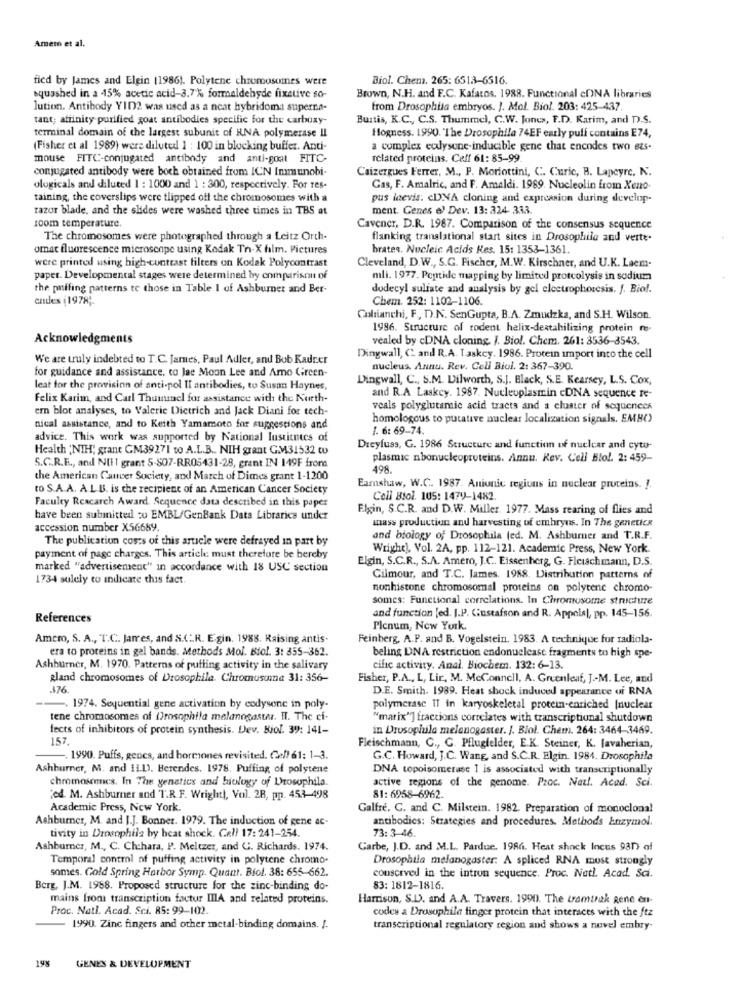
Amero et al.
fied by James and Elgin (1986). Polytene chromosomes were
Biol. Chem. 265: 6513-6516.
squashed in a -15% acetic acid-3.7% formaldehyde fixstive so-
Brown, N.H. and F.C. Kafatos. 1988. Functional cDNA libraries
lution. Antibody YID2 was used as a neat hybridoma superna-
from Drosophila embryos. J. Mol. Biol. 203: 425-437.
tant; affinity purified goat antibodies specific for the carboxy-
Buitis, K.C ., C.S. Thummel, C.W. Jones, F.D. Karim, and D.S.
terminal domain of the largest subunit of RNA polymerase Il
Hogness. 1990. The Drosophila 74EF early puli contains E74,
(Fisher et al 1989) were diluted 1 : 100 in blocking buffer. Anti-
a complex eulysune-inducible gene that encodes two ets-
mouse FITC-conjugated antibody and anti-goat FITC-
related proteins. Ceff 61: 85-99
conjugated antibody were boch obtained from ICN Immunobi-
Caizergues Ferrer, M ., F. Moriottini, C. Curic, B. Lapeyre, N.
ologicals and diluted 1 : 1000 and 1 : 300, respectively. For res-
Gas, F. Amalric, and F. Amaldi. 1989. Nucleolin from Xeno
taining, the coverslips were tlipped off the chromosomes with a
pus laevis. cDNA cloning and expression during develop-
razor blade, and the shides were washed three times in TBS at
ment. Genes e) Dev. 13: 324 333.
room temperature.
Cavener, D.R. 1987. Comparison of the consensus sequence
The chromosomes were photographed through a Leitz Orch-
flanking translational start sites in Drosophile and verte-
omat fluorescence microscope using Kodak Tn-X film. Pictures
brates. Nucleic Acids Kes. 15: 1353-1361.
Cleveland, D.W ., S.G. Fischer, M.W. Kirschner, and U.K. Laem-
were printed using high-contrast filters on Kodak Polycontrast
paper. Developmental stages were determined by comparison of
mli. 1977. Peptide mapping by limited proteolysis in sodium
the pinffing patterns to those in Table I of Ashburner and Ber-
dodecyl sulfate and analysis by gel electrophoresis. f. Biol.
endes (1978 ;.
Chem. 252: 1102-1106.
Culaianchi, F, D.N. SenGupta, B.A. Zmudzka, and S.H. Wilson.
1986. Structure of rodent helix-destahilizing protein re-
Acknowledgments
vealed by <DNA cloning. J. Biol. Chem. 261: 3536-3543.
We are truly indebted to T.C. James, Paul Adler, and Bub Kadrer
Dingwall, C. and R.A. T.askey. 1986. Protein import into the cell
for guidance and assistance, to Jae Moon Lee and Amo Green-
nucleus. Annu. Rev. Cell Biol. 2: 367-390.
Dingwall, C ., S.M. Dilworth, S.J. Black, S.E. Kearsey, L.S. Cox,
leat for the provision of anti-pol Il antibodies, to Susan Haynes,
Felix Karim, and Carl Thumunel for assistance with the North-
and R.A Laskcy. 1987. Nucleoplasmin cDNA sequence re-
ern blot analyses, to Valerie Dietrich and Jack Diani for tech-
veals polyglutamic acid tracts and a cluster of sequences
homologous to putative nuclear localization signals. EMBO
nical assistance, and to Keith Yamamoto for suggestions and
1. 6: 69-74
advice. This work was supported by National Institutes of
Health (NIH; grant GM39271 to A.L.B ., NIH grant GM31532 Co
Dreyfuss, G. 1986 Structure and function of nuclear and cyto-
S.C.R.E ., and NIET grant 5-807-RR05431-28, grant IN 149F from
plasmic nbonucleoproteins. Annu. Rev. Cell Biol. 2: 459-
498.
the American Cancer Society, and March of Dimes grant 1-1200
to S.A.A. A.L.B. is the recipient of an American Cancer Society
Eamshaw, W.C. 1987. Aniunic regions in nuclear proteins. J.
Cell Biol. 105: 1479-1482.
Faculty Reacarch Award. Sequence data described in this paper
Elgin, S.C.R. and D.W. Miller. 1977. Mass rearing of flies and
have been submitted zu EMBL/GenBank Data Librarica under
mass production and harvesting of embryns. In The geneticx
accession number X56689.
The publication costs of this article were defrayed in part by
and biology of Drosophila (ed. M. Ashburner and T.R.F.
Wright), Vol. 2A, pp. 112-121. Academic Press, New York.
payment of page charges. This article: must therefore be hereby
Elgin, S.C.R ., S.A. Amero, J.C .. Eissenherg, G. Fleischmann, D.S.
marked "advertisement" in accordance with 18 USC' section
1734 solely to indicate this fact.
Gilmour, and T.C. James. 1988. Distribution patterns of
nonhistone chromosomal proteins on polytene chromo-
somes: Functional correlations. In Chromosome structure
References
and function (ed. J.P. Gustafson and R. Appels), pp. 145-156.
Plenum, New York.
Amero, S. A ., T.C .. Jarres, and S.( R. E.gin. 1988. Raising antis-
Feinberg, A.P. and B. Vogelstein. 1983. A technique for radiola-
"era to proteins in gel bands. Methods Mol. Biol. 3: 355-362.
beling DNA restriction endonuelease fragments to high spe-
Ashburner, M. 1970. Patterns of puffing activity in the salivary
cific activity. Anal. Biochem. 132: 6-13.
gland chromosomes of Drosophila. Chromosuma 31: 356-
Fisher, P.A ., L, Lir, M. McConnell, A. Greenleaf, J .- M. Lee, and
376.
D.E. Smith. 1989. Heat shock induced appearance of RNA
1974. Sequential gene activation by codysone in poly-
polymerase IT in karyoskeletal protein-enriched |nuclear
tene chromosomes of Drosophila melanogastar. Il. The cf.
"marix"] fractions correlates with transcriptional shutdown
fects of inhibitors of protein synthesis. Dev. Biol. 39: 141-
in Drosophila melanogaster. J. Biol. Chem. 264: 3464-3469.
157.
Fleischmann, C ., C. Pflugfelder, E.K. Steiner, K. [avaherian,
. 1990. Puffs, gencs, and hormones revisited. Cell 61: 1-3.
G.C. Howard, J.C. Wang, and S.C.R. Elgin. 1984. Drosophila
Ashburner, M. and 11.1), Berendes, 1978. Puffing of polytene
DNA topoisomerase I is associated with transcriptionally
chromosennes. In The genetics and biology of Drosophila.
active regions of the genome. Proc. Natl. Acad. Sci.
jed. M. Ashburner and T.R.F. Wright !, Vol. 2R, pp. 453-498
81: 6958-6962.
Academic Press, New York.
Galfre. C. and C. Milstein. 1982. Preparation of monoclonal
Ashburner, M. and J.J. Bonner. 1979. The induction of gene ac-
antibodies: Strategies and procedures. Methods Enzymol.
tivity in Drosophila by heat shock. Cell 17: 241-254.
73: 3-46.
Ashburncr, M ., C. Chchara, P. Meltzer, and C. Richards, 1974.
Carbe, J.D. and M.L. Pardue. 1986. Heat shock Incus 93D) of
Temporal control of puffing activity in polytene chromo-
Drosophila melanogaster. A spliced RNA must strongly
somes. Cold Spring Harbor Symp. Quant. Biol. 38: 655-662.
conscrved in the intron sequence. Proc. Natl. Acad. Sci.
Berg, J.M. 1988. Proposed structure for the zinc-binding do-
83: 1812-1816.
mains from transcription factur IIIA and related proteins.
Harrison, S.D. and A.A. Travers. 1990). The tramtrak gene en-
Proc. Natl. Acad. Sci. 85: 99-102.
codes a Drosophila finger protein that interaces with the ftz
1990. Zinc fingers and other metal-binding domains. J.
transcriptional regulatory region and shows a novel embry-
19%
GENES & DEVELOPMENT